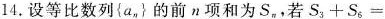
14.设等比数列\left\{ a_{n}\right\}的前n项和为S_{n}，若$$S_{3}+S_{6}=$$